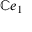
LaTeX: \mathbb { C } e _ { 1 }